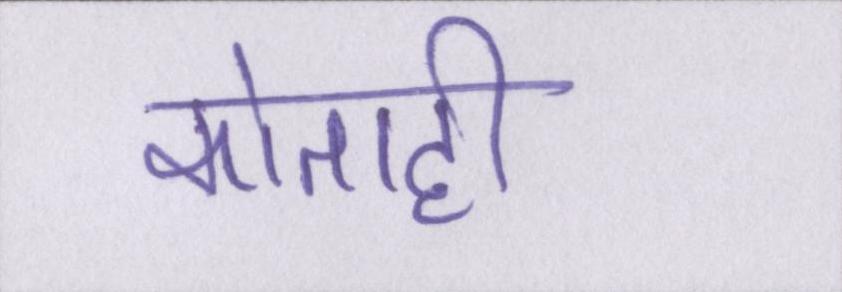
कोताही